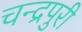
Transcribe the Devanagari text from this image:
चन्द्रपुरी